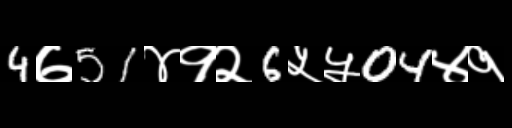
Text: 4७51४१२6५५04४१